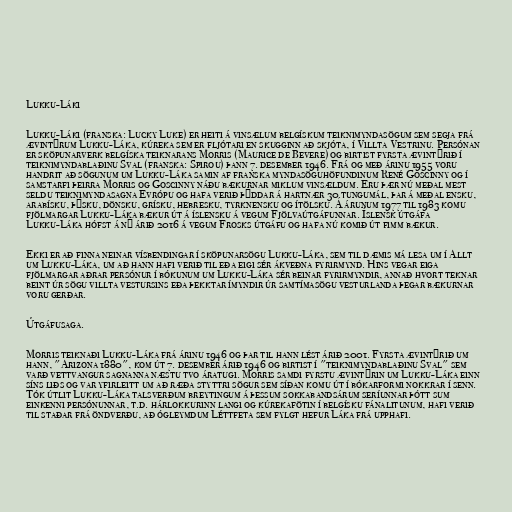
Lukku-Láki

Lukku-Láki (franska: Lucky Luke) er heiti á vinsælum belgískum teiknimyndasögum sem segja frá
ævintýrum Lukku-Láka, kúreka sem er fljótari en skugginn að skjóta, í Villta Vestrinu. Persónan
er sköpunarverk belgíska teiknarans Morris (Maurice de Bevere) og birtist fyrsta ævintýrið í
teiknimyndablaðinu Sval (franska: Spirou) þann 7. desember 1946. Frá og með árinu 1955 voru
handrit að sögunum um Lukku-Láka samin af franska myndasöguhöfundinum René Goscinny og í
samstarfi þeirra Morris og Goscinny náðu bækurnar miklum vinsældum. Eru þær nú meðal mest
seldu teiknimyndasagna Evrópu og hafa verið þýddar á hartnær 30 tungumál, þar á meðal ensku,
arabísku, þýsku, dönsku, grísku, hebresku, tyrknensku og ítölsku. Á árunum 1977 til 1983 komu
fjölmargar Lukku-Láka bækur út á íslensku á vegum Fjölvaútgáfunnar. Íslensk útgáfa
Lukku-Láka hófst á ný árið 2016 á vegum Frosks útgáfu og hafa nú komið út fimm bækur.

Ekki er að finna neinar vísbendingar í sköpunarsögu Lukku-Láka, sem til dæmis má lesa um í Allt
um Lukku-Láka, um að hann hafi verið til eða eigi sér ákveðna fyrirmynd. Hins vegar eiga
fjölmargar aðrar persónur í bókunum um Lukku-Láka sér beinar fyrirmyndir, annað hvort teknar
beint úr sögu villta vestursins eða þekktar ímyndir úr samtímasögu vesturlanda þegar bækurnar
voru gerðar.

Útgáfusaga.

Morris teiknaði Lukku-Láka frá árinu 1946 og þar til hann lést árið 2001. Fyrsta ævintýrið um
hann, "Arizona 1880", kom út 7. desember árið 1946 og birtist í "teiknimyndablaðinu Sval" sem
varð vettvangur sagnanna næstu tvo áratugi. Morris samdi fyrstu ævintýrin um Lukku-Láka einn
síns liðs og var yfirleitt um að ræða styttri sögur sem síðan komu út í bókarformi nokkrar í senn.
Tók útlit Lukku-Láka talsverðum breytingum á þessum sokkabandsárum seríunnar þótt sum
einkenni persónunnar, t.d. hárlokkurinn langi og kúrekafötin í belgísku fánalitunum, hafi verið
til staðar frá öndverðu, að ógleymdum Léttfeta sem fylgt hefur Láka frá upphafi.